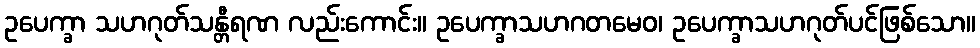
ဥပေက္ခာ သဟဂုတ်သန္တီရဏ လည်းကောင်း။ ဥပေက္ခာသဟဂတမေဝ၊ ဥပေက္ခာသဟဂုတ်ပင်ဖြစ်သော။